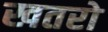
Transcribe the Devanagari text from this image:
खतरो